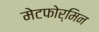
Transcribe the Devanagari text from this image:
मेटफोर्मिन